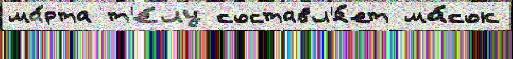
ма́рта т'е́лу составл'я́ет ма́сок